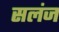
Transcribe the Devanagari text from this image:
सलंज